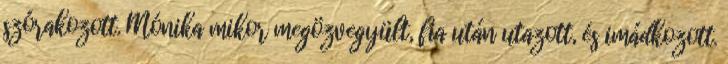
szórakozott. Mónika mikor megözvegyült, fia után utazott, és imádkozott.